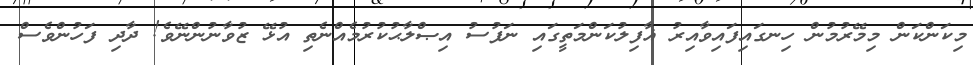
މިކަންކަން މިމޭރުމުން ހިނގައިފައިވާއިރު ޣާފިލުކަންމަތީގައި ނަފުސު އިޞްލާޙުކުރުމެއްނެތި އުޅޭ ޒުވާނުންނޭވެ! ދާދި ފަހުންވެސް